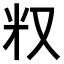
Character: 𠬵